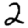
Digit: 2